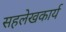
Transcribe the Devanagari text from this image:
सहलेखकार्य